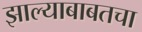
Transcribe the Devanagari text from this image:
झाल्याबाबतचा